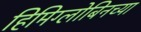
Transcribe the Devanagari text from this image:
हिमिग्लोबिनच्या